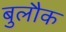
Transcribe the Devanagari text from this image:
बुलौक